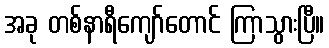
အခု တစ်နာရီကျော်တောင် ကြာသွားပြီ။